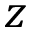
z